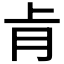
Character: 𮌈